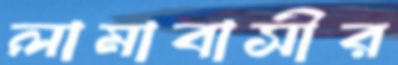
লামাবাসীর